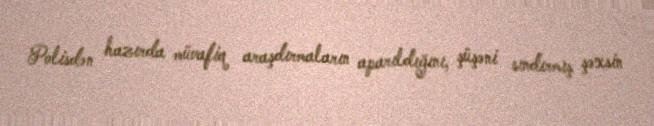
Polisdən hazırda müvafiq araşdırmaların aparıldığını, şüşəni sındırmış şəxsin